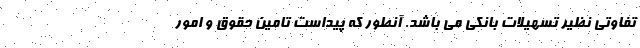
تفاوتی نظیر تسهیلات بانکی می باشد. آنطور که پیداست تامین حقوق و امور